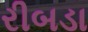
રીબડા